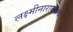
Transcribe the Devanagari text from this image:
लक्ष्मीनारायणाचे